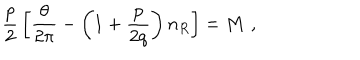
LaTeX: { \frac { p } { 2 } } \left[ { \frac { \theta } { 2 \pi } } - \left( 1 + { \frac { p } { 2 q } } \right) n _ { R } \right] = M \, \, ,